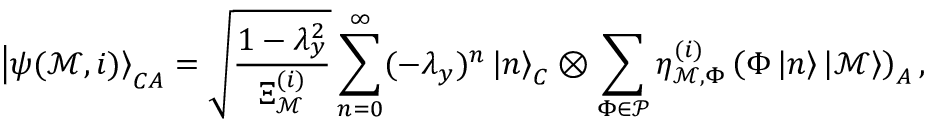
\left| \psi ( \mathcal { M } , i ) \right> _ { C A } = \sqrt { \frac { 1 - \lambda _ { y } ^ { 2 } } { \Xi _ { \mathcal { M } } ^ { ( i ) } } } \sum _ { n = 0 } ^ { \infty } ( - \lambda _ { y } ) ^ { n } \left| n \right> _ { C } \otimes \sum _ { \Phi \in \mathcal { P } } \eta _ { \mathcal { M } , \Phi } ^ { ( i ) } \left( \Phi \left| n \right> \left| \mathcal { M } \right> \right) _ { A } ,